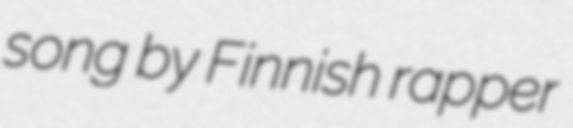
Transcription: song by Finnish rapper